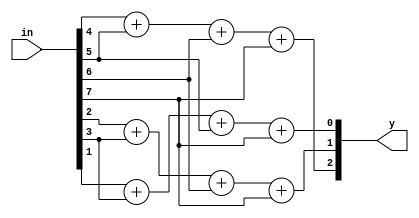
/******************************************************************************************************************

This source code is a work of its author. No part of it should be copied and pasted for any commercial purpose. 
This code is purely for educational purposes. If required, this code can be cloned from GitHub repository.

Filename	: encoder.v

Description	: Encoder Design

Author Name	: Deep Kar Sarkar

Version		: 1.0

*******************************************************************************************************************/

module encoder(in,y);
	input [7:0]in;
	output [2:0]y;
	
	assign y[2]=in[4]+in[5]+in[6]+in[7];
	assign y[1]=in[2]+in[3]+in[6]+in[7];
	assign y[0]=in[1]+in[3]+in[5]+in[7];
endmodule